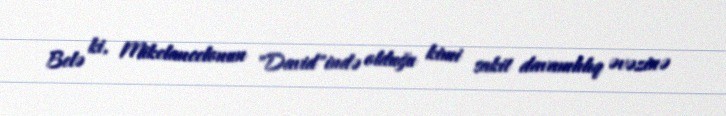
Belə ki, Mikelancelonun "David"ində olduğu kimi sakit davamlılıq əvəzinə